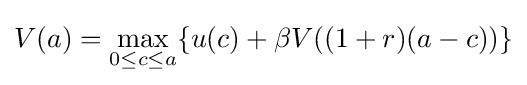
V(a)=\max _{0\leq c\leq a}\{u(c)+\beta V((1+r)(a-c))\}